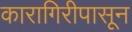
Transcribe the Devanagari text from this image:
कारागिरीपासून